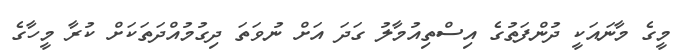
މީގެ މާނައަކީ ދުންފަތުގެ އިސްތިއުމާލު ގަދަ އަށް ނުވަތަ ދިގުމުއްދަތަކަށް ކުރާ މީހާގެ